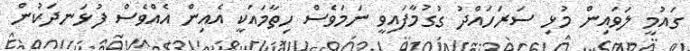
ގައުމީ ލަވައިން މުޅި ސަރަހައްދު ގުގުމާފައިވީ ނަމަވެސް ހިތާމައަކީ އެއިން އެއްވެސް ފުޅަނދަކުން